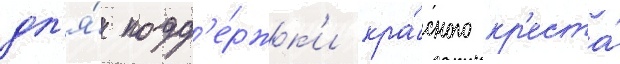
дл'я́ подд'е́ржк'и кра́сного кр'еста́